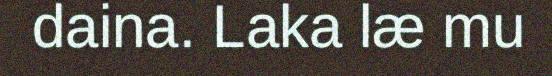
daina. Laka læ mu